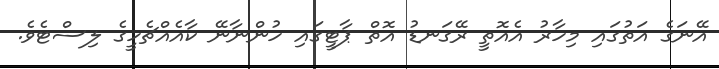
އޭނަގެ އަތުގައި މިހާރު އެއޮތީ ރޭގަނޑު އޮތް ޕާޓީގައި ހުންނާނޭ ކާއެއްޗެހީގެ ލިސްޓެވެ.